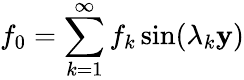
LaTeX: f_{0}=\sum_{k=1}^{\infty}f_{k}\sin(\lambda_{k}\mathbf{y})